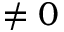
\neq 0